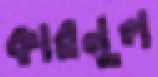
কারনুল